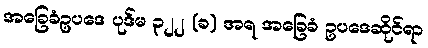
အခြေခံဥပဒေ ပုဒ်မ ၃၂၂ (ခ) အရ အခြေခံ ဥပဒေဆိုင်ရာ